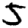
Digit: 5